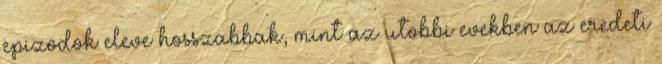
epizodok eleve hosszabbak, mint az utobbi evekben az eredeti